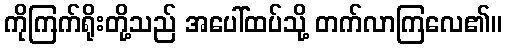
ကိုကြက်ရိုးတို့သည် အပေါ်ထပ်သို့ တက်လာကြလေ၏။